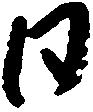
日